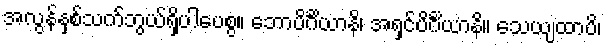
အလွန်နှစ်သက်ဘွယ်ရှိပါပေစွ။ ဘောပိင်္ဂိယာနိ၊ အရှင်ပိင်္ဂိယာနိ။ သေယျထာပိ၊